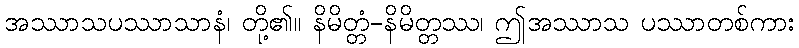
အဿာသပဿာသာနံ၊ တို့၏။ နိမိတ္တံ-နိမိတ္တဿ၊ ဤအဿာသ ပဿာတစ်ကား